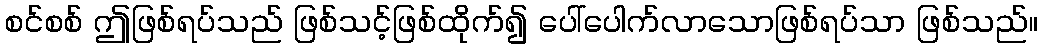
စင်စစ် ဤဖြစ်ရပ်သည် ဖြစ်သင့်ဖြစ်ထိုက်၍ ပေါ်ပေါက်လာသောဖြစ်ရပ်သာ ဖြစ်သည်။